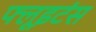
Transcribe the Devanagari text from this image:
फ्लूइटंस